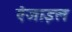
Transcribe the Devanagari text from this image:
ऐजाइल